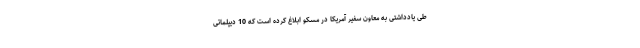
طی یادداشتی به معاون سفیر آمریکا در مسکو ابلاغ کرده است که 10 دیپلماتی